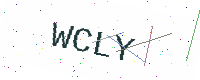
Text: WCLY